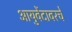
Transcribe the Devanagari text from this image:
आयुर्वेदावरचे